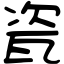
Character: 瓷